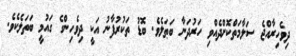
ދިވެހިރާއްޖެ ސަލާމަތްކޮށްދެއްވި ހަރުދަނާ ބަޠަލެވެ. ބޮޑު ތަކުރުފާނު އަކީ ދިވެހިންގެ ގައުމީ ބަތަލެކެވެ.